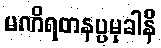
မဏိရတနပ္ပမုခါနိ